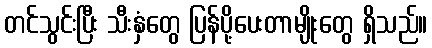
တင်သွင်းပြီး သီးနှံတွေ ပြန်ပို့ပေးတာမျိုးတွေ ရှိသည်။